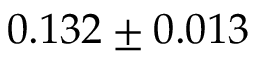
0 . 1 3 2 \pm 0 . 0 1 3